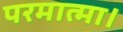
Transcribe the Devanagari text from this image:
परमात्मा।